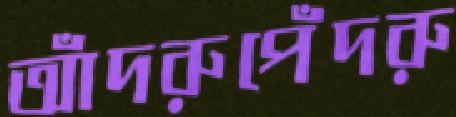
আঁদরুপেঁদরু